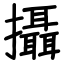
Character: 攝